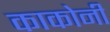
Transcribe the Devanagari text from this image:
काकोनी